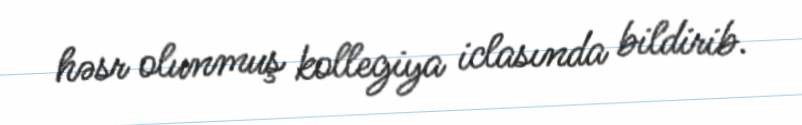
həsr olunmuş kollegiya iclasında bildirib.